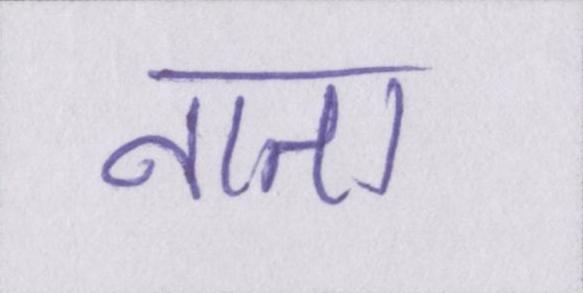
नाता